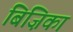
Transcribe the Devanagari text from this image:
बिज़िका